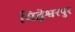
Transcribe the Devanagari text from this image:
सिद्धेश्वरपुर